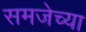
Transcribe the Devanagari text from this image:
समजेच्या